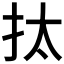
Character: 𢪯